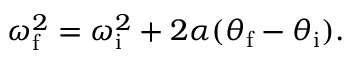
\omega _ { \mathrm { f } } ^ { 2 } = \omega _ { \mathrm { i } } ^ { 2 } + 2 \alpha ( \theta _ { \mathrm { f } } - \theta _ { \mathrm { i } } ) .